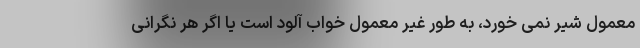
معمول شیر نمی خورد، به طور غیر معمول خواب آلود است یا اگر هر نگرانی